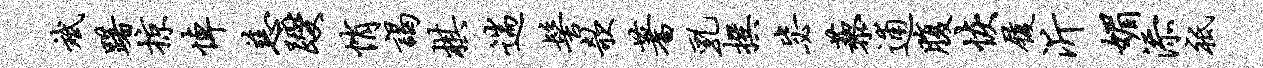
斌躇掠悼慈躞悄谒棋遄髻欹蓍乳撰毖藜逋腹恢履沂媚添祗